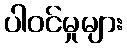
ပါဝင်မှုများ